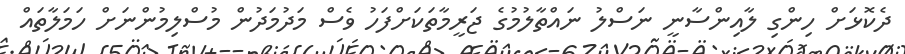
ދެކޮޅަށް ހިންގި ލާއިންސާނީ ނަސްލު ނައްތާލުމުގެ ޖަރީމާތަކަށްފަހު ވެސް މަދުމަދުން މުސްލިމުންނަށް ހަމަލާތައް